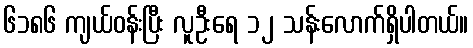
၆၁၈၆ ကျယ်ဝန်းပြီး လူဦးရေ ၁၂ သန်းလောက်ရှိပါတယ်။